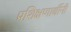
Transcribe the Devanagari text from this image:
प्रशिक्षणार्थीनी